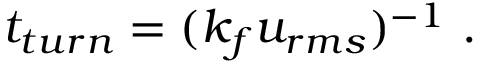
t _ { t u r n } = ( k _ { f } u _ { r m s } ) ^ { - 1 } ~ .